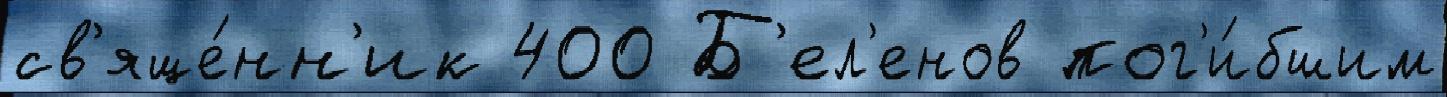
св'яще́нн'ик 400 Б'ел'енов пог'и́бшим